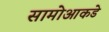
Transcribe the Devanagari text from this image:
सामोआकडे